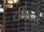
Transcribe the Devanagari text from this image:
टर्मिनल्‍स